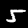
Digit: 5